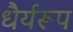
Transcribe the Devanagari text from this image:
धैर्यरूप